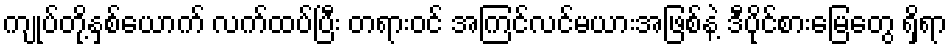
ကျုပ်တို့နှစ်ယောက် လက်ထပ်ပြီး တရားဝင် အကြင်လင်မယားအဖြစ်နဲ့ ဒီပိုင်စားမြေတွေ ရှိရာ